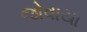
જોવાયા